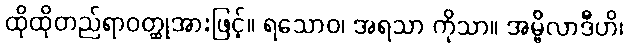
ထိုထိုတည်ရာဝတ္ထုအားဖြင့်။ ရသောဝ၊ အရသာ ကိုသာ။ အမ္ဗိလာဒီဟိ၊